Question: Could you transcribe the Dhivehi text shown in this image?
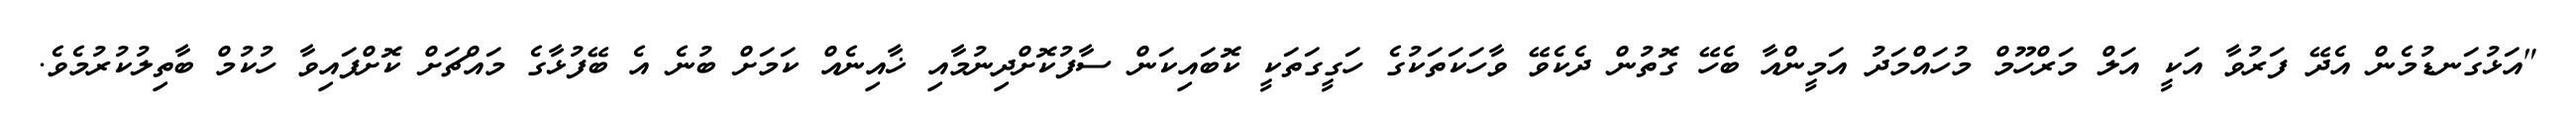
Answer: "އަޅުގަނޑުމެން އެދޭ ފަރުވާ އަކީ އަލް މަރްހޫމް މުހައްމަދު އަމީންއާ ބެހޭ ގޮތުން ދެކެވޭ ވާހަކަތަކުގެ ހަގީގަތަކީ ކޮބައިކަން ސާފުކޮށްދިނުމާއި ޚާއިނެއް ކަމަށް ބުނެ އެ ބޭފުޅާގެ މައްޗަށް ކޮށްފައިވާ ހުކުމް ބާތިލުކުރުމެވެ.